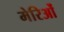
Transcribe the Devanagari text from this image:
मेरिओं